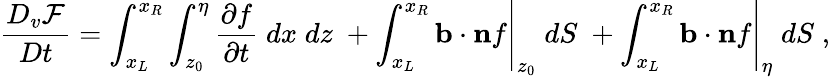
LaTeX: \frac{D_{v}\mathcal{F}}{Dt}=\int_{x_{L}}^{x_{R}}\int_{z_{0}}^{\eta}\frac{\partial f}{\partial t}\; dx\; dz\; +\left.\int_{x_{L}}^{x_{R}}\mathbf{b}\cdot\mathbf{n}f\right|_{z_{0}}\; dS\; +\left.\int_{x_{L}}^{x_{R}}\mathbf{b}\cdot\mathbf{n}f\right|_{\eta}\; dS\; ,